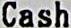
CASH